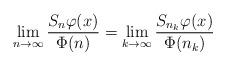
LaTeX: \begin{align*}\lim_{n\to\infty} \frac {S_{n}\varphi(x)} {\Phi(n)} = \lim_{k\to\infty} \frac {S_{n_k}\varphi(x)} {\Phi(n_k)}\end{align*}